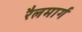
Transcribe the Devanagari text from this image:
रैलमार्ग